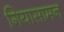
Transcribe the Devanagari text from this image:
गियासामन